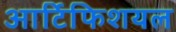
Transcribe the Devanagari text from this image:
आर्टिफिशयल